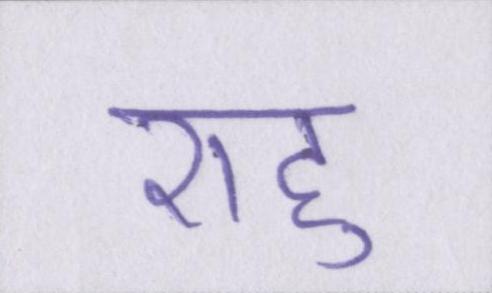
राहु